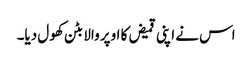
اس نے اپنی قمیض کا اوپر والا بٹن کھول دیا۔